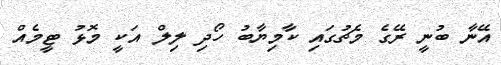
އޭނާ ބުނީ ރޭގެ މެޗުގައި ކާމިޔާބު ހޯދި ލިލް އަކީ މޮޅު ޓީމެއް